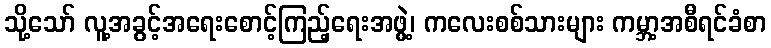
သို့သော် လူ့အခွင့်အရေးစောင့်ကြည့်ရေးအဖွဲ့၊ ကလေးစစ်သားများ ကမ္ဘာ့အစီရင်ခံစာ